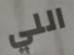
اللي